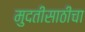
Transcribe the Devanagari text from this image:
मुदतीसाठीचा